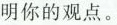
明你的观点。